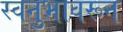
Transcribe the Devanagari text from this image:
स्वनुभावरून